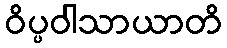
ဝိပ္ပဝါသာယာတိ